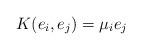
LaTeX: \begin{align*}K(e_i,e_j)= \mu _{i}e_j\end{align*}